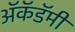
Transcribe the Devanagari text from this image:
अॅकॅडॅमी